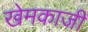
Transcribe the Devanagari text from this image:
खेमकाजी